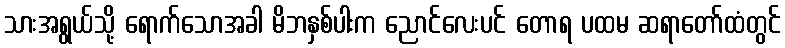
သားအရွယ်သို့ ရောက်သောအခါ မိဘနှစ်ပါးက ညောင်လေးပင် တောရ ပထမ ဆရာတော်ထံတွင်